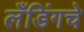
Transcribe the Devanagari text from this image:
लँडिंगचे